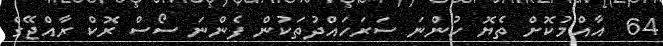
64  އާއްމުކޮށް ތެޔޮ ހުންނަ ސަރަހައްދުތަކުން ފެންނަ ސޯސް ރޮކް ރާއްޖޭގެ